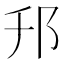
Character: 䢴